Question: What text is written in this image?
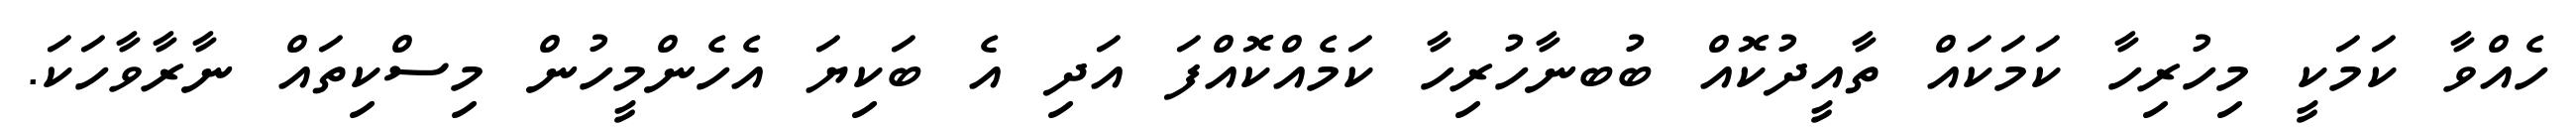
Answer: ހެއްވާ ކަމަކީ މިހުރިހާ ކަމަކައް ތާއީދުކޮއް ބުބނާހުރިހާ ކަމެއްކޮއްފަ އަދި އެ ބަކިޔަ އެހެންމީހުން މިސްކިތައް ނާރާވާހަކަ.